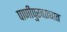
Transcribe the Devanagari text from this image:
पाणीपुरवठ्यात